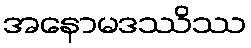
အနောမဒဿိဿ